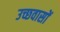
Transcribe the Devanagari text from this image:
उच्छवासों